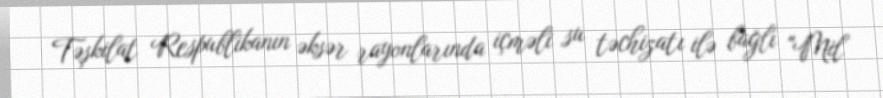
Təşkilat Respublikanın əksər rayonlarında içməli su təchizatı ilə bağlı "Mil